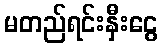
မတည်ရင်းနှီးငွေ